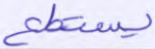
يستطع